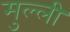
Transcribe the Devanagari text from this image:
मुल्ली